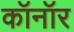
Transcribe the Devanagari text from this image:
कॉनॉर